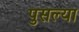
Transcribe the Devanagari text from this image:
पुसल्या